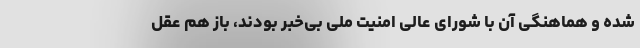
شده و هماهنگی آن با شورای عالی امنیت ملی بی‌خبر بودند، باز هم عقل